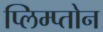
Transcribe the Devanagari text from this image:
प्लिम्प्तोन